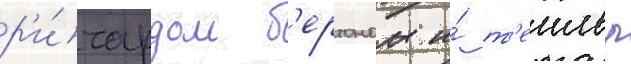
р'и́чардом б'ертоном и́ т'еилор